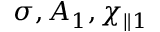
\sigma , A _ { 1 } , \chi _ { \parallel 1 }